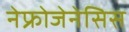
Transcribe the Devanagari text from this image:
नेफ्रोजेनेसिस